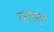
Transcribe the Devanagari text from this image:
रमाना